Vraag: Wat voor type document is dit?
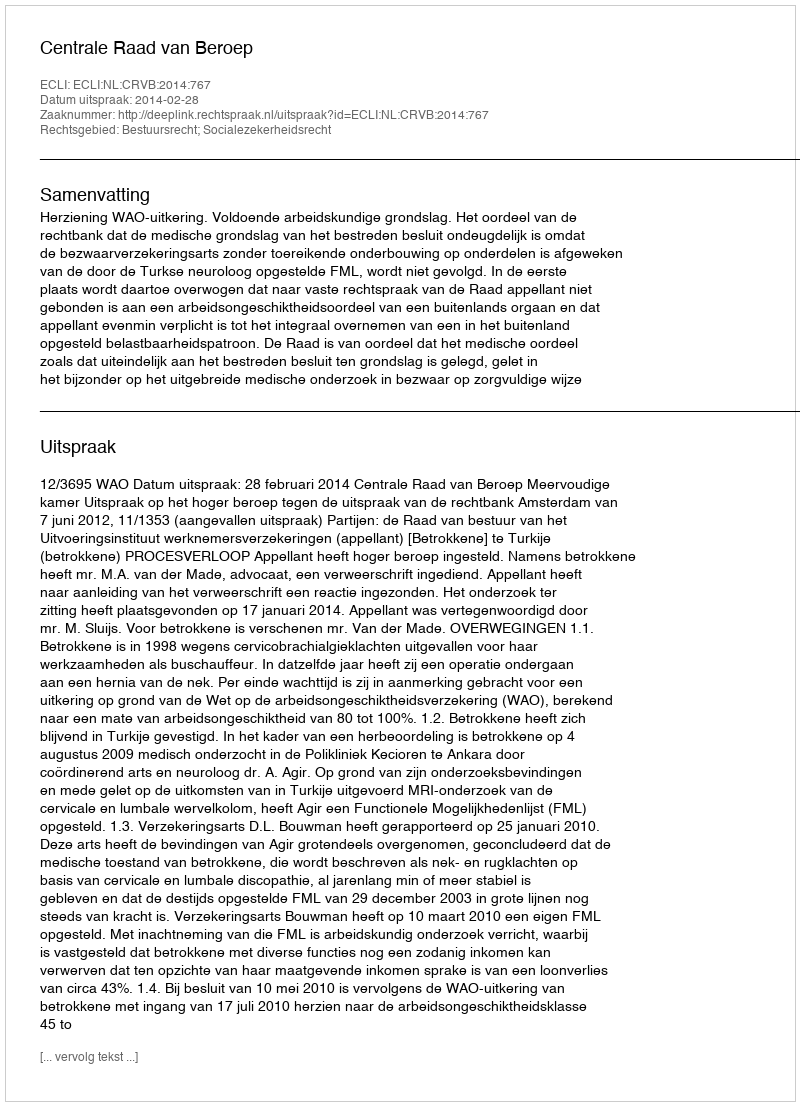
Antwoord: Uitspraak